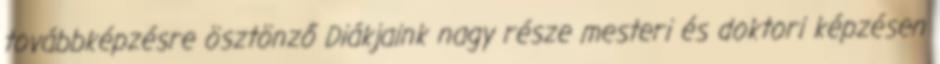
továbbképzésre ösztönző Diákjaink nagy része mesteri és doktori képzésen